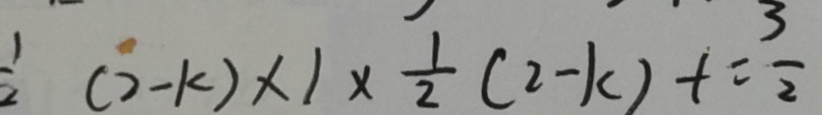
\frac { 1 } { 2 } ( 2 - k ) \times 1 \times \frac { 1 } { 2 } ( 2 - k ) + = \frac { 3 } { 2 }